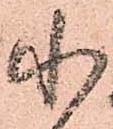
小